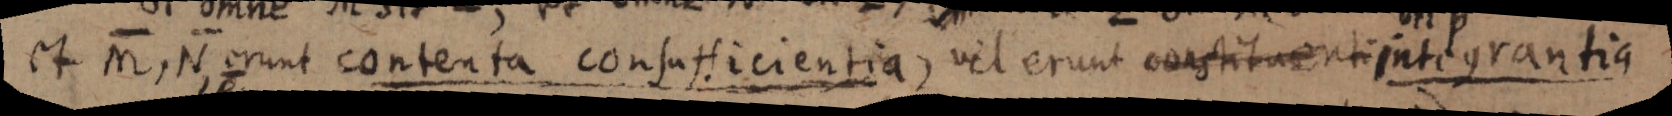
et M, N erunt contenta consasticientia, vel erunt constituent: integrantia